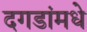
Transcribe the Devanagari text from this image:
दगडांमधे